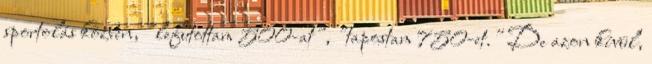
sportolás közben, "lefutottam 500-at", "tapostam 750-et." De azon kívül,